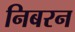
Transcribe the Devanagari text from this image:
निबरन